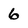
Character: 6